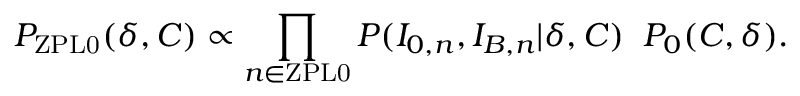
P _ { \mathrm { Z P L 0 } } ( \delta , C ) \propto \prod _ { n \in \mathrm { Z P L 0 } } P ( I _ { 0 , n } , I _ { B , n } | \delta , C ) \; \; P _ { 0 } ( C , \delta ) .